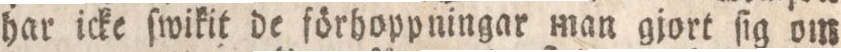
har icke ſwikit de förhoppningar man gjort ſig om